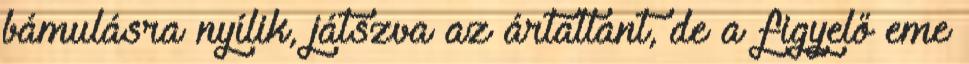
bámulásra nyílik, játszva az ártatlant, de a figyelő eme